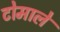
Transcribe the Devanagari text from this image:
टोमाले